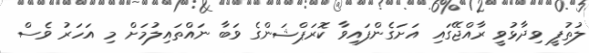
ލުތުފީ ވިދާޅުވީ ރާއްޖޭގައި އަށަގެންފައިވާ ކޮރަޕްޝަންގެ ވަބާ ނައްތައިލުމަށް މި އަހަރު ވެސް